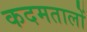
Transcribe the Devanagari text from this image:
कदमतालों